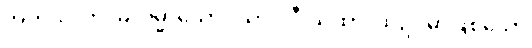
အကုသလာ၊ မလိမ္မာသော။ သာဂါဝီ ယထာ၊ ထိုဥပမာဖြစ်သော